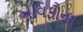
એવિફૌના